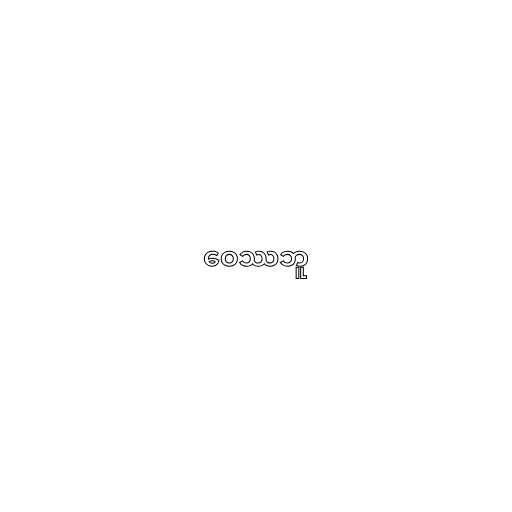
ဝေဿဘူ